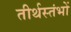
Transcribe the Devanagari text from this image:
तीर्थस्तंभों